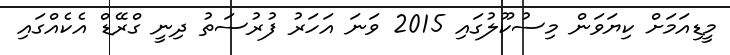
މީޑިއަމަށް ކިޔަވަން މިސުކޫލުގައި 2015 ވަނަ އަަހަރު ފުރުސަތު ދިނީ ގްރޭޑް އެކެއްގައި